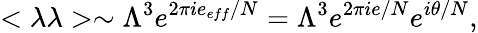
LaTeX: <\lambda\lambda>\sim\Lambda^{3}e^{2\pi ie_{eff}/N}=\Lambda^{3}e^{2\pi ie/N}e^{i\theta/N},